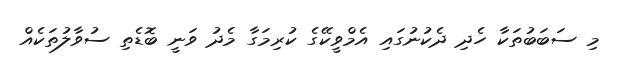
މި ސަބަބުތަކާ ހެދި ދެކުނުގައި އެމްވީކޭގެ ކުރިމަގާ މެދު ވަނީ ބޮޑެތި ސުވާލުތަކެއް